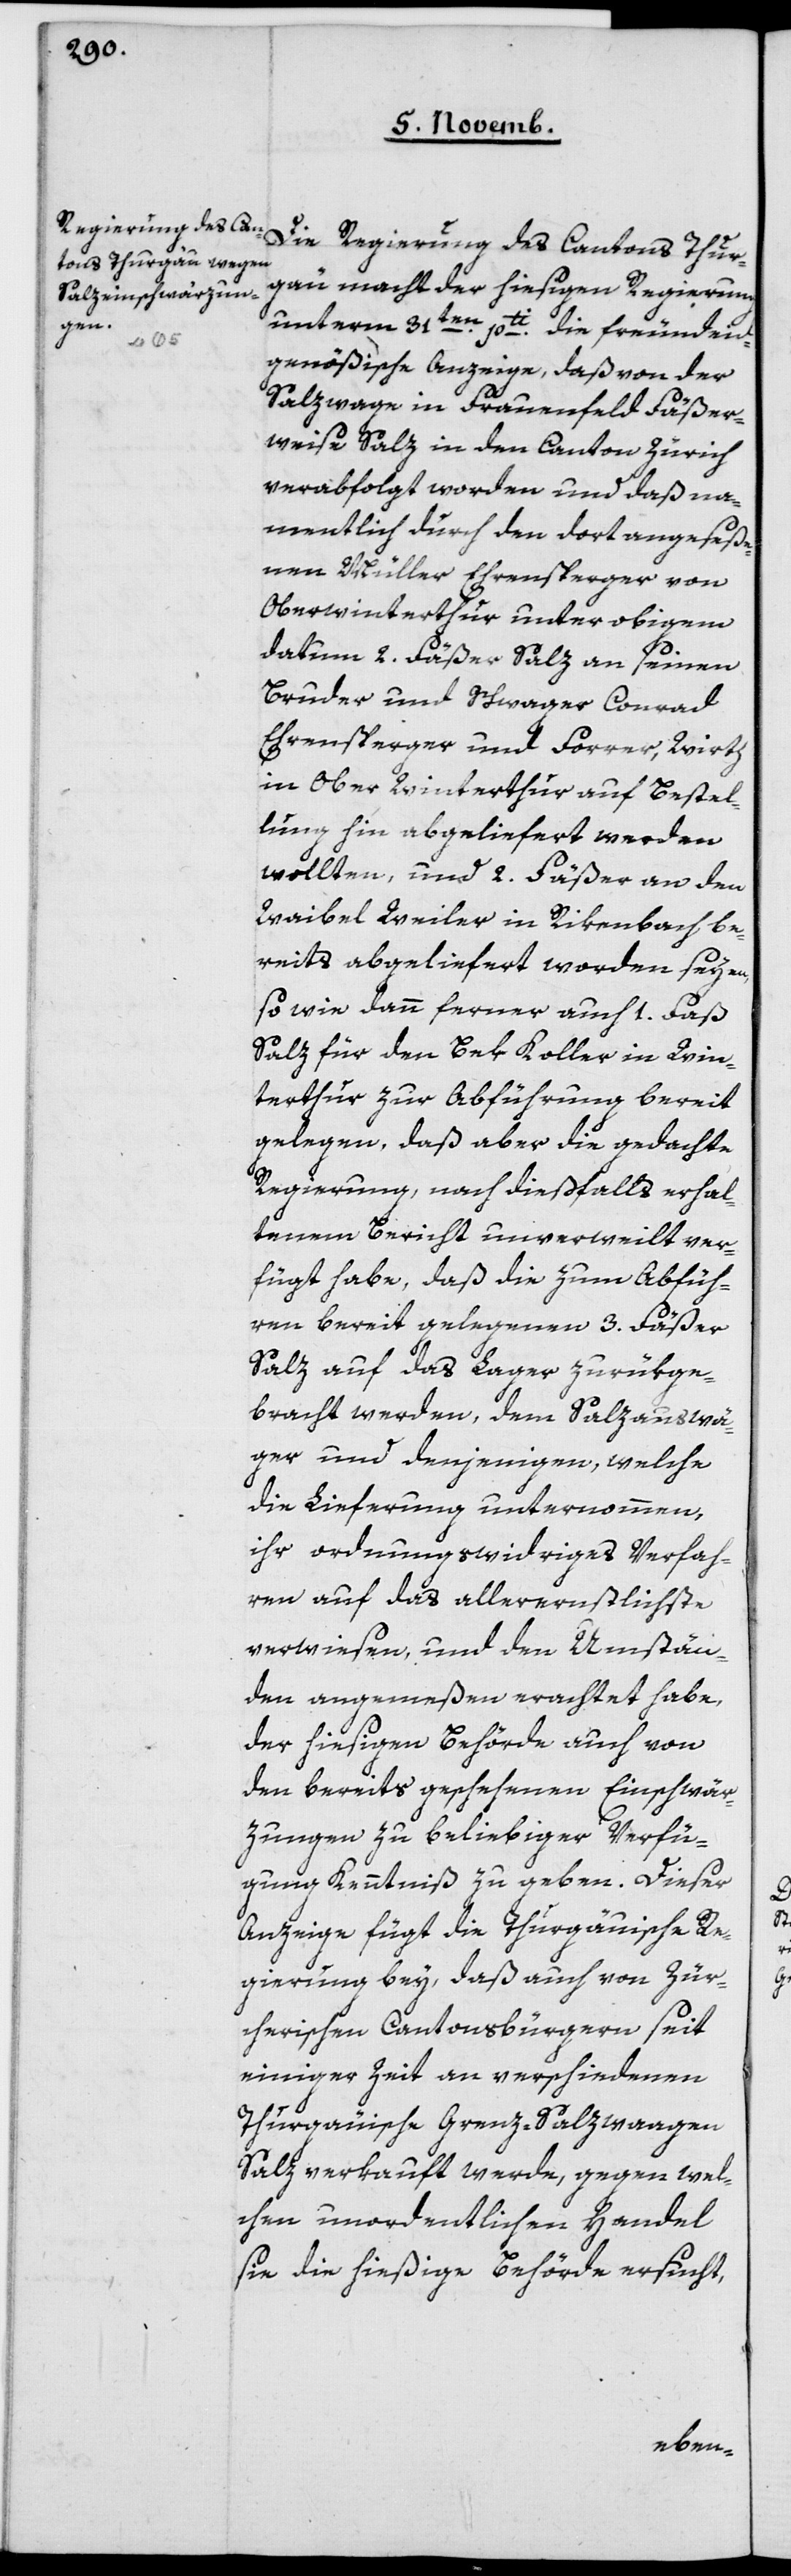
Die Regierung des Cantons Thur¬
gau macht der hiesigen Regierung
unterm 31ten pti die freundeid¬
genößische Anzeige, daß von der
Salzwage in Frauenfeld Fäßer¬
weise Salz in den Canton Zürich
verabfolgt worden und daß na¬
mentlich durch den dort angeseße¬
nen Müller Ehrensperger von
Oberwinterthur unter obigem
Datum zwey Fäßer Salz an seinen
Bruder und Schwager Conrad
Ehrensperger und Forrer, Wirth
in Oberwinterthur auf Bestel¬
lung hin abgeliefert werden
wollten, und 2 Fäßer an den
Waibel Weiler in Rikenbach be¬
reits abgeliefert worden seyen,
so wie dann ferner auch 1 Faß
Salz für den Bek Koller in Win¬
terthur zur Abführung bereit
gelegen, daß aber die gedachte
Regierung nach dießfalls erhal¬
tenem Bericht unverweilt ver¬
fügt habe, daß die zum Abfüh¬
ren bereit gelegenen 3 Fäßer
Salz auf das Lager zurükge¬
bracht werden, dem Salzauswä¬
ger und denjenigen, welche
die Lieferung unternommen,
ihr ordnungswidriges Verfah¬
ren auf das allerernstlichste
verwiesen, und den Umstän¬
den angemeßen erachtet habe,
der hiesigen Behörde auch von
den bereits geschehenen Einschwär¬
zungen zu beliebiger Verfü¬
gung Kenntniß zu geben. Dieser
Anzeige fügt die Thurgauische Re¬
gierung bey, daß auch von Zür¬
cherischen Cantonsbürgern seit
einiger Zeit an verschiedenen
Thurgauischen Grenz-Salzwaagen
Salz verkauft werde, gegen wel¬
chen unordentlichen Handel
sie die hießige Behörde ersucht,